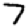
Digit: 7